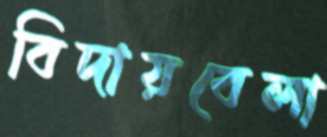
বিদায়বেলা